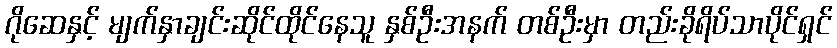
ဂိုဆေနှင့် မျက်နှာချင်းဆိုင်ထိုင်နေသူ နှစ်ဦးအနက် တစ်ဦးမှာ တည်းခိုရိပ်သာပိုင်ရှင်